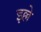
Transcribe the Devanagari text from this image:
इल्ले